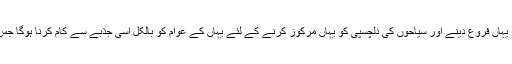
انہوں نے کہاکہ چترال سیاحوں کے لئے جنت ہے اور سیاحوں کو یہاں فروع دینے اور سیاحوں کی دلچسپی کو یہاں مرکوز کرنے کے لئے یہاں کے عوام کو بالکل اسی جذبے سے کام کرنا ہوگا جس جذبے سے انہوںنے بجلی گھر کی تعمیر کے لئے کرچکے ہیں۔